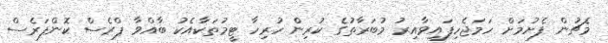
މެޗުން ފެށުމަށް ހަމަޖެހިފައިވާއިރު މުބަރާތުގެ ކުރިން ހުރިހާ ޓީމުތަކާއެކު ބާއްވާ ޕްރެސް ކޮންފަރެސް